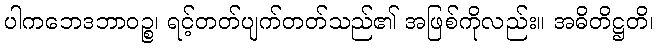
ပါကဘေဒဘာဝဉ္စ၊ ရင့်တတ်ပျက်တတ်သည်၏ အဖြစ်ကိုလည်း။ အဓိတိဋ္ဌတိ၊